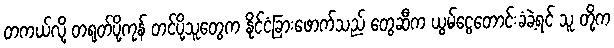
တကယ်လို့ တရုတ်ပို့ကုန် တင်ပို့သူတွေက နိုင်ငံခြားဖောက်သည် တွေဆီက ယွမ်ငွေတောင်းခံခဲ့ရင် သူ တို့က